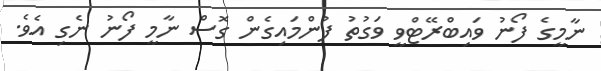
ނާމީގެ ފޯނު ވައިބްރޭޓްވީ ވަގުތު ފުންމައިގެން ގޮސް ނާމީ ފޯނު ނެގި އެވެ.